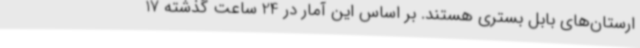
ارستان‌های بابل بستری هستند. بر اساس این آمار در 24 ساعت گذشته 17